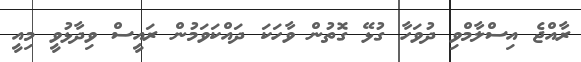
ރާއްޖެ އިސްލާމްވި ދުވަހާ ގުޅޭ ގޮތުން ވާހަކަ ދައްކަވަމުން ރައީސް ވިދާޅުވީ މިއީ